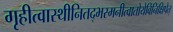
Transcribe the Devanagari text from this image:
गृहीत्वास्थीनितद्भस्मनीत्वातोयेविनिक्षिपेत्